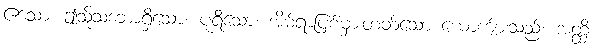
ဧသော၊ ဤသို့သဘောရှိသော။ ပုရိသော၊ အိမ်ရာပြစ်မှားတတ်သော ယောကျ်ားသည်။ အတ္ထိ၊